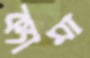
ক্যামা